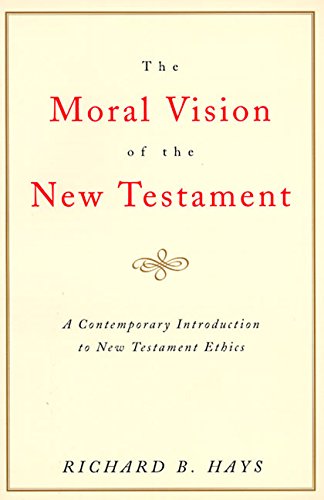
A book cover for The Moral Vision of the New Testament: Community, Cross, New Creation, A Contemporary Introduction to New Testament Ethics; Richard B. Hays; Christian Books & Bibles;